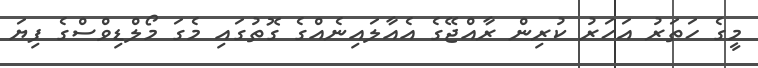
މީގެ ހަތަރު އަހަރު ކުރިން ރާއްޖޭގެ އެއާލައިނެއްގެ ގޮތުގައި މެގަ މޯލްޑިވްސްގެ ފިޔަ